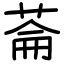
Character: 菕